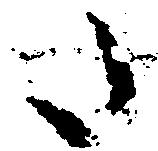
た